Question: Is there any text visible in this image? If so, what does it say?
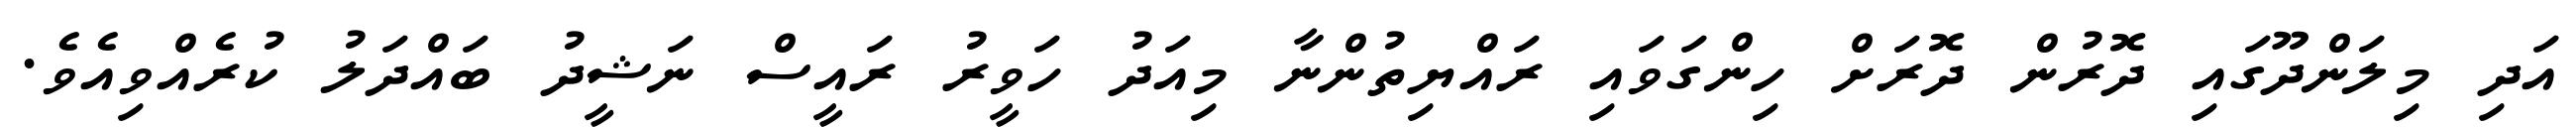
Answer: އަދި މިލަންދޫގައި ދޮރުން ދޮރަށް ހިންގަވައި ރައްޔިތުންނާ މިއަދު ހަވީރު ރައީސް ނަޝީދު ބައްދަލު ކުރެއްވިއެވެ.